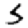
Digit: 5